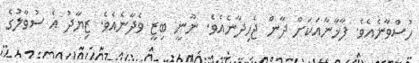
ހުސްވާނެއެވެ. ފާޚާނާއަކަށް ދާން ޖެހިދާނެއެވެ. ނޫނީ ބިޒީ ވެދާނެއެވެ. ޒިޔާދު އެ ސުވާލުގެ